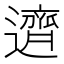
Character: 𬩣